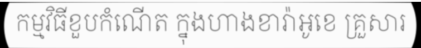
កម្មវិធីខួបកំណើត ក្នុងហាងខារ៉ាអូខេ គ្រួសារ